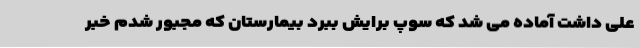
علی داشت آماده می شد که سوپ برایش ببرد بیمارستان که مجبور شدم خبر